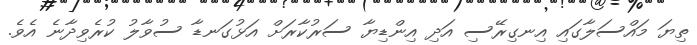
ތިޔަ މައްސަލާގައި އިނގިރޭސި އަދި އިންޑިޔާ ސަރުކާރަށް އަޅުގަނޑާ ސުވާލު ކުރެވިދާނެ އެވެެ.